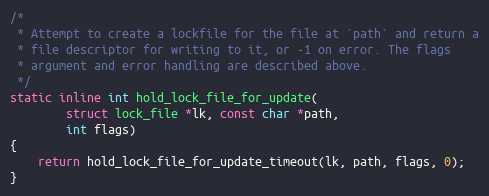
Language: C
/*
 * Attempt to create a lockfile for the file at `path` and return a
 * file descriptor for writing to it, or -1 on error. The flags
 * argument and error handling are described above.
 */
static inline int hold_lock_file_for_update(
		struct lock_file *lk, const char *path,
		int flags)
{
	return hold_lock_file_for_update_timeout(lk, path, flags, 0);
}